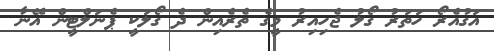
އަގުއެރޯ ހަތަރު ގޯލު ޖެހިއިރު މީގެ ތެރެއިން ދެ ގޯލަކީ ޕެނަލްޓީން އޭނާ